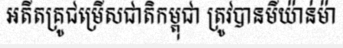
អតីតគ្រូជម្រើសជាតិកម្ពុជា ត្រូវបានមីយ៉ាន់ម៉ា